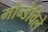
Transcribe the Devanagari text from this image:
मोन्डेविले